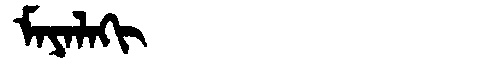
Manchu: ᠮᠠᠶᠠᠯᠠᡴᡳ
Romanization: MAYALAKI